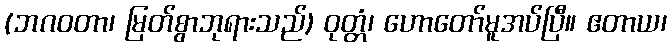
(ဘဂဝတာ၊ မြတ်စွာဘုရားသည်) ဝုတ္တံ၊ ဟောတော်မူအပ်ပြီ။ ဧတာယ၊